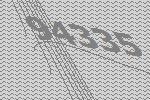
94335